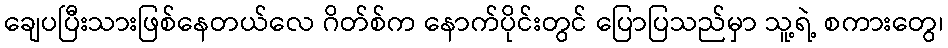
ချေပပြီးသားဖြစ်နေတယ်လေ ဂိတ်စ်က နောက်ပိုင်းတွင် ပြောပြသည်မှာ သူ့ရဲ့ စကားတွေ၊